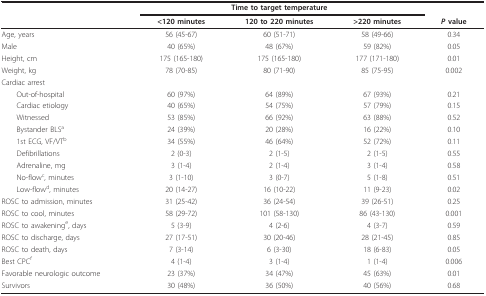
<table><thead><tr><td></td><td colspan="3"><b>Time to target temperature</b></td><td></td></tr><tr><td></td><td><b>&lt;120 minutes</b></td><td><b>120 to 220 minutes</b></td><td><b>&gt;220 minutes</b></td><td><b><i>P </i>value</b></td></tr></thead><tbody><tr><td>Age, years</td><td>56 (45-67)</td><td>60 (51-71)</td><td>58 (49-66)</td><td>0.34</td></tr><tr><td>Male</td><td>40 (65%)</td><td>48 (67%)</td><td>59 (82%)</td><td>0.05</td></tr><tr><td>Height, cm</td><td>175 (165-180)</td><td>175 (165-180)</td><td>177 (171-180)</td><td>0.01</td></tr><tr><td>Weight, kg</td><td>78 (70-85)</td><td>80 (71-90)</td><td>85 (75-95)</td><td>0.002</td></tr><tr><td>Cardiac arrest</td><td></td><td></td><td></td><td></td></tr><tr><td> Out-of-hospital</td><td>60 (97%)</td><td>64 (89%)</td><td>67 (93%)</td><td>0.21</td></tr><tr><td> Cardiac etiology</td><td>40 (65%)</td><td>54 (75%)</td><td>57 (79%)</td><td>0.15</td></tr><tr><td> Witnessed</td><td>53 (85%)</td><td>66 (92%)</td><td>63 (88%)</td><td>0.52</td></tr><tr><td> Bystander BLS<sup>a</sup></td><td>24 (39%)</td><td>20 (28%)</td><td>16 (22%)</td><td>0.10</td></tr><tr><td> 1st ECG, VF/VT<sup>b</sup></td><td>34 (55%)</td><td>46 (64%)</td><td>52 (72%)</td><td>0.11</td></tr><tr><td> Defibrillations</td><td>2 (0-3)</td><td>2 (1-5)</td><td>2 (1-5)</td><td>0.55</td></tr><tr><td> Adrenaline, mg</td><td>3 (1-4)</td><td>2 (1-4)</td><td>3 (1-4)</td><td>0.58</td></tr><tr><td> No-flow<sup>c</sup>, minutes</td><td>3 (1-10)</td><td>3 (0-7)</td><td>5 (1-8)</td><td>0.51</td></tr><tr><td> Low-flow<sup>d</sup>, minutes</td><td>20 (14-27)</td><td>16 (10-22)</td><td>11 (9-23)</td><td>0.02</td></tr><tr><td>ROSC to admission, minutes</td><td>31 (25-42)</td><td>36 (24-54)</td><td>39 (26-51)</td><td>0.25</td></tr><tr><td>ROSC to cool, minutes</td><td>58 (29-72)</td><td>101 (58-130)</td><td>86 (43-130)</td><td>0.001</td></tr><tr><td>ROSC to awakening<sup>e</sup>, days</td><td>5 (3-9)</td><td>4 (2-6)</td><td>4 (3-7)</td><td>0.59</td></tr><tr><td>ROSC to discharge, days</td><td>27 (17-51)</td><td>30 (20-46)</td><td>28 (21-45)</td><td>0.85</td></tr><tr><td>ROSC to death, days</td><td>7 (3-14)</td><td>6 (3-30)</td><td>18 (6-83)</td><td>0.05</td></tr><tr><td>Best CPC<sup>f</sup></td><td>4 (1-4)</td><td>3 (1-4)</td><td>1 (1-4)</td><td>0.006</td></tr><tr><td>Favorable neurologic outcome</td><td>23 (37%)</td><td>34 (47%)</td><td>45 (63%)</td><td>0.01</td></tr><tr><td>Survivors</td><td>30 (48%)</td><td>36 (50%)</td><td>40 (56%)</td><td>0.68</td></tr></tbody></table>